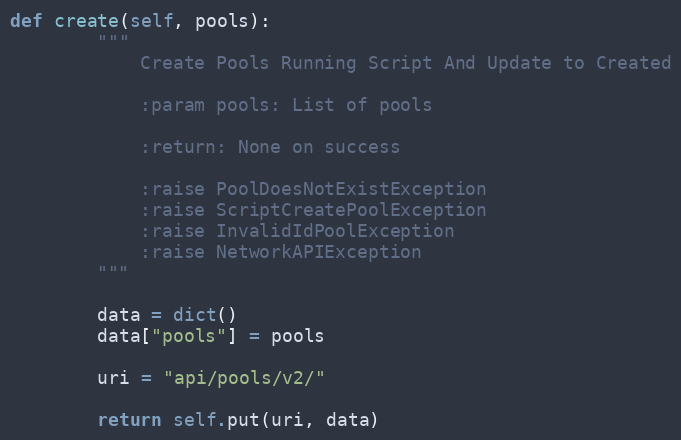
Language: Python
def create(self, pools):
        """
            Create Pools Running Script And Update to Created

            :param pools: List of pools

            :return: None on success

            :raise PoolDoesNotExistException
            :raise ScriptCreatePoolException
            :raise InvalidIdPoolException
            :raise NetworkAPIException
        """

        data = dict()
        data["pools"] = pools

        uri = "api/pools/v2/"

        return self.put(uri, data)